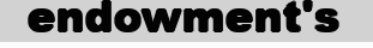
endowment's